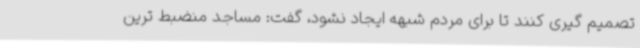
تصمیم گیری کنند تا برای مردم شبهه ایجاد نشود، گفت: مساجد منضبط ترین